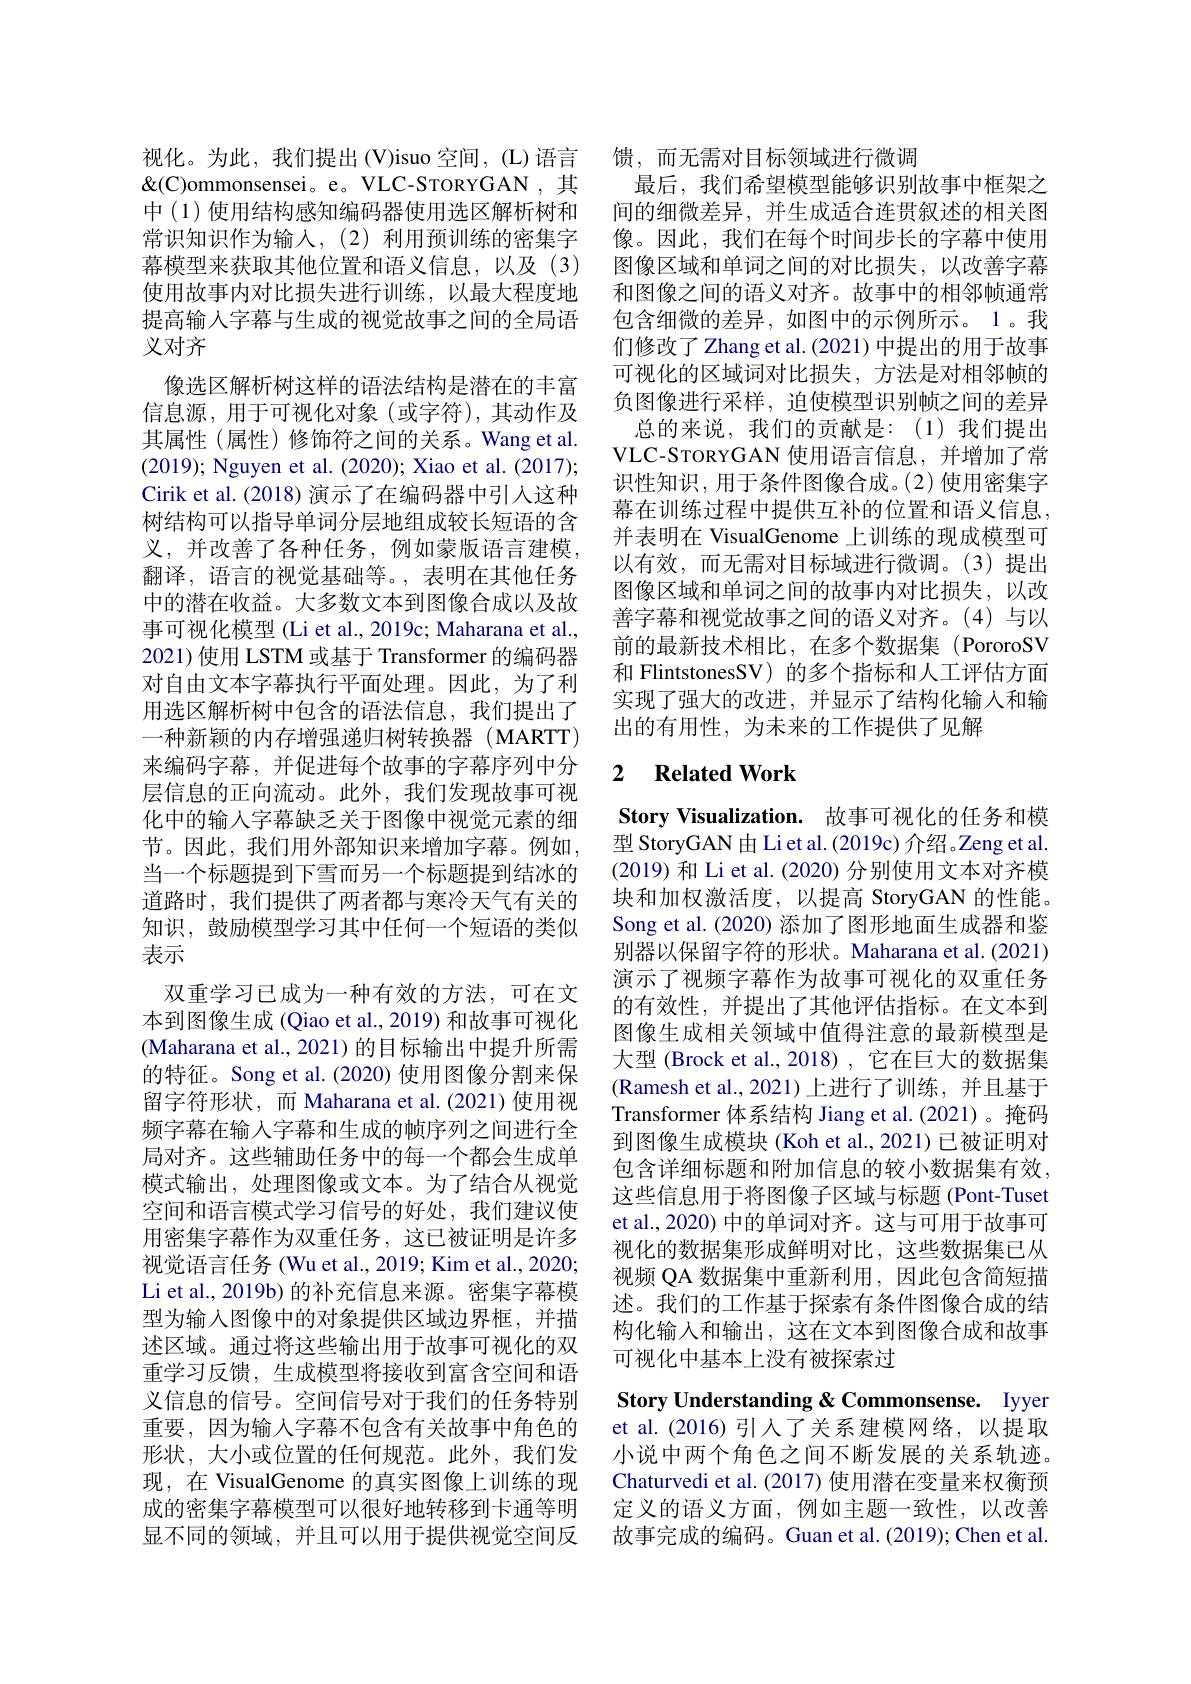
视化。为此，我们提出(V)isuo空间，(L)语言$\&(\mathbb{C})$ommonsensei。e。VLC-STORYGAN ,其中(1)使用结构感知编码器使用选区解析树和常识知识作为输入，(2)利用预训练的密集字幕模型来获取其他位置和语义信息，以及(3) 使用故事内对比损失进行训练，以最大程度地提高输入字幕与生成的视觉故事之间的全局语义对齐

像选区解析树这样的语法结构是潜在的丰富信息源，用于可视化对象(或字符),其动作及其属性(属性)修饰符之间的关系。Wang et al. (2019); Nguyen et al. (2020); Xiao et al. (2017); Cirik et al. (2018) 演示了在编码器中引入这种树结构可以指导单词分层地组成较长短语的含义，并改善了各种任务，例如蒙版语言建模， 翻译，语言的视觉基础等。, 表明在其他任务中的潜在收益。大多数文本到图像合成以及故事可视化模型 (Li et al., 2019c; Maharana et al., 2021) 使用 LSTM 或基于 Transformer 的编码器对自由文本字幕执行平面处理。因此，为了利用选区解析树中包含的语法信息，我们提出了一种新颖的内存增强递归树转换器(MARTT) 来编码字幕，并促进每个故事的字幕序列中分层信息的正向流动。此外，我们发现故事可视化中的输入字幕缺乏关于图像中视觉元素的细节。因此，我们用外部知识来增加字幕。例如， 当一个标题提到下雪而另一个标题提到结冰的道路时，我们提供了两者都与寒冷天气有关的知识，鼓励模型学习其中任何一个短语的类似表示
双重学习已成为一种有效的方法，可在文本到图像生成(Qiao et al., 2019) 和故事可视化(Maharana et al., 2021) 的目标输出中提升所需的特征。Song et al.(2020) 使用图像分割来保留字符形状，而 Maharana et al.(2021)使用视频字幕在输入字幕和生成的帧序列之间进行全局对齐。这些辅助任务中的每一个都会生成单模式输出，处理图像或文本。为了结合从视觉空间和语言模式学习信号的好处，我们建议使用密集字幕作为双重任务，这已被证明是许多视觉语言任务 (Wu et al., 2019; Kim et al., 2020; Li et al., 2019b) 的补充信息来源。密集字幕模型为输入图像中的对象提供区域边界框，并描述区域。通过将这些输出用于故事可视化的双重学习反馈，生成模型将接收到富含空间和语义信息的信号。空间信号对于我们的任务特别重要，因为输入字幕不包含有关故事中角色的形状，大小或位置的任何规范。此外，我们发现，在 VisualGenome 的真实图像上训练的现成的密集字幕模型可以很好地转移到卡通等明显不同的领域，并且可以用于提供视觉空间反

馈，而无需对目标领域进行微调
最后，我们希望模型能够识别故事中框架之间的细微差异，并生成适合连贯叙述的相关图像。因此，我们在每个时间步长的字幕中使用图像区域和单词之间的对比损失，以改善字幕和图像之间的语义对齐。故事中的相邻帧通常包含细微的差异，如图中的示例所示。1。我们修改了 Zhang et al.(2021) 中提出的用于故事可视化的区域词对比损失，方法是对相邻帧的负图像进行采样，迫使模型识别帧之间的差异
总的来说，我们的贡献是：(1)我们提出VLC-STORYGAN 使用语言信息，并增加了常识性知识，用于条件图像合成。(2)使用密集字幕在训练过程中提供互补的位置和语义信息， 并表明在 VisualGenome 上训练的现成模型可以有效，而无需对目标域进行微调。(3)提出图像区域和单词之间的故事内对比损失，以改善字幕和视觉故事之间的语义对齐。(4)与以前的最新技术相比，在多个数据集 (PororoSV 和 FlintstonesSV) 的多个指标和人工评估方面实现了强大的改进，并显示了结构化输入和输出的有用性，为未来的工作提供了见解

## 2 $\textbf{Related Work}$

Story Visualization. 故事可视化的任务和模型 StoryGAN 由 Liet al. (2019c) 介绍。Zeng et al. (2019) 和 Li et al. (2020) 分别使用文本对齐模块和加权激活度，以提高 StoryGAN 的性能。Song et al. (2020) 添加了图形地面生成器和鉴别器以保留字符的形状。Maharana et al.(2021) 演示了视频字幕作为故事可视化的双重任务的有效性，并提出了其他评估指标。在文本到图像生成相关领域中值得注意的最新模型是大型 (Brock et al., 2018) , 它在巨大的数据集(Ramesh et al.,2021)上进行了训练，并且基于Transformer 体系结构 Jiang et al.(2021)。掩码到图像生成模块(Koh et al., 2021) 已被证明对包含详细标题和附加信息的较小数据集有效， 这些信息用于将图像子区域与标题(Pont-Tuset et al., 2020) 中的单词对齐。这与可用于故事可视化的数据集形成鲜明对比，这些数据集已从视频 QA 数据集中重新利用，因此包含简短描述。我们的工作基于探索有条件图像合成的结构化输入和输出，这在文本到图像合成和故事可视化中基本上没有被探索过

Story Understanding &Commonsense. Iyyer et al.(2016) 引入了关系建模网络，以提取小说中两个角色之间不断发展的关系轨迹。Chaturvedi et al. (2017) 使用潜在变量来权衡预定义的语义方面，例如主题一致性，以改善故事完成的编码。Guan et al.(2019); Chen et al